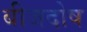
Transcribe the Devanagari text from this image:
बीजदोष